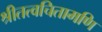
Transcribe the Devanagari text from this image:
श्रीतत्वचितामणि